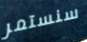
سنستمر